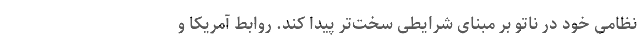
نظامی خود در ناتو بر مبنای شرایطی سخت‌تر پیدا کند. روابط آمریکا و